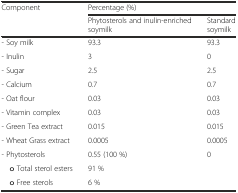
| <ROWSPAN=2> Component | <COLSPAN=2> Percentage (%) |
 | Phytosterols and inulin-enriched soymilk | Standard soymilk |
 | --- | --- | --- |
 | - Soy milk | 93.3 | 93.3 |
 | - Inulin | 3 | 0 |
 | - Sugar | 2.5 | 2.5 |
 | - Calcium | 0.7 | 0.7 |
 | - Oat flour | 0.03 | 0.03 |
 | - Vitamin complex | 0.03 | 0.03 |
 | - Green Tea extract | 0.015 | 0.015 |
 | - Wheat Grass extract | 0.0005 | 0.0005 |
 | - Phytosterols | 0.55 (100 %) | 0 |
 | o Total sterol esters | 91 % |  |
 | o Free sterols | 6 % |  |